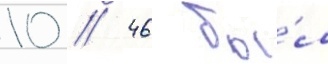
10 // 46 бы́л